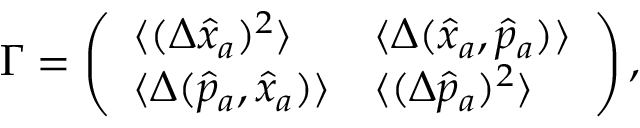
\begin{array} { r } { \Gamma = \left( \begin{array} { l l } { \langle ( \Delta \hat { x } _ { a } ) ^ { 2 } \rangle } & { \langle \Delta ( \hat { x } _ { a } , \hat { p } _ { a } ) \rangle } \\ { \langle \Delta ( \hat { p } _ { a } , \hat { x } _ { a } ) \rangle } & { \langle ( \Delta \hat { p } _ { a } ) ^ { 2 } \rangle } \end{array} \right) , } \end{array}